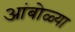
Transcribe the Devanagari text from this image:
आंबोळ्या